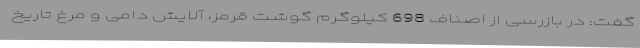
گفت: در بازرسی از اصناف 698 کیلوگرم گوشت قرمز، آلایش دامی و مرغ تاریخ